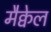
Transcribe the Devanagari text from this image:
मैक्वेल